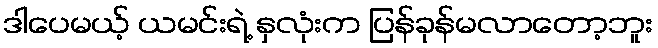
ဒါပေမယ့် ယမင်းရဲ့ နှလုံးက ပြန်ခုန်မလာတော့ဘူး